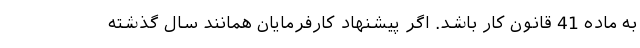
به ماده 41 قانون کار باشد. اگر پیشنهاد کارفرمایان همانند سال گذشته